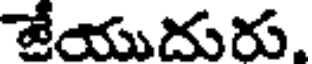
జేయుదురు.